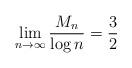
LaTeX: \begin{align*} \lim_{n \to \infty} \frac{M_n}{\log n} = \frac{3}{2} \end{align*}